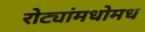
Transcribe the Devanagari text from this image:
रोट्यांमधोमध